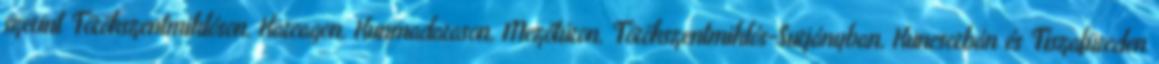
szerint Törökszentmiklóson, Karcagon, Kunmadarason, Mezőtúron, Törökszentmiklós-Surjányban, Kuncsorbán és Tiszafüreden